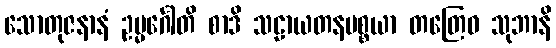
သောတုဇနာနံ ဥမ္မင်္ဂေါတိ စာဒိ သဠာယတနပစ္စယာ တတြေဝ သုဘာနိ